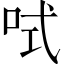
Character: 𠲧